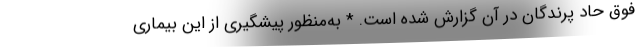
فوق حاد پرندگان در آن گزارش شده است. * به‌منظور پیشگیری از این بیماری